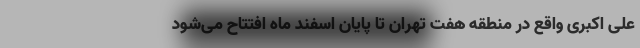
علی اکبری واقع در منطقه هفت تهران تا پایان اسفند ماه افتتاح می‌شود